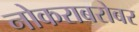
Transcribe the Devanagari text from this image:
नोकराबरोबर